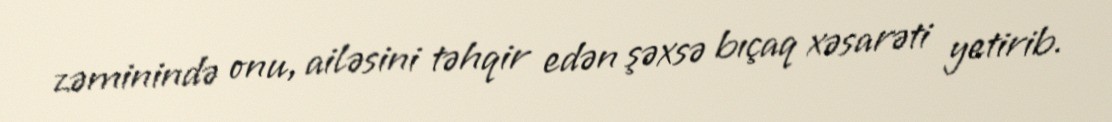
zəminində onu, ailəsini təhqir edən şəxsə bıçaq xəsarəti yetirib.